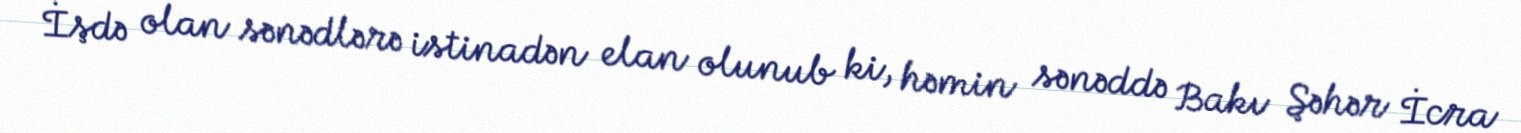
İşdə olan sənədlərə istinadən elan olunub ki, həmin sənəddə Bakı Şəhər İcra